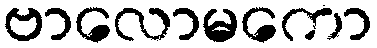
ဗာလောမကော